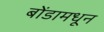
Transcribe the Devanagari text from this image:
बोंडामधून